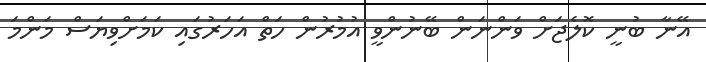
އޭނާ ބުނީ ކޮލެޖަށް ވަންނަން ބޭނުންވީ އުމުރުން ހަތް އަހަރުގައި ކަމަށްވިޔަސް މަންމަ